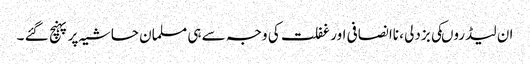
ان لیڈروںکی بزدلی ، ناانصافی اور غفلت کی وجہ سے ہی مسلمان حاشیہ پر پہنچ گئے ۔